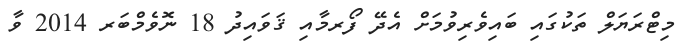
މިޓްރަޔަލް ތަކުގައި ބައިވެރިވުމަށް އެދޭ ފޯރމާއި ޤަވައިދު 18 ނޮވެމްބަރ 2014 ވާ